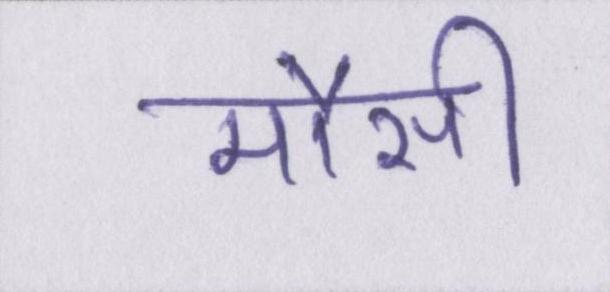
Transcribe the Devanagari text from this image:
मौसी